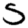
Digit: 5